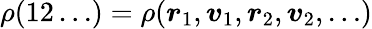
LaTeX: \rho(12\ldots)=\rho(\boldsymbol{r}_{1},\boldsymbol{v}_{1},\boldsymbol{r}_{2},\boldsymbol{v}_{2},\ldots)